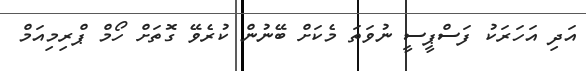
އަދި އަހަރަކު ފަސްޕީސީ ނުވަތަ މެކަށް ބޭނުން ކުރެވޭ ގޮތަށް ހޯމް ޕްރިމިއަމް